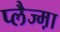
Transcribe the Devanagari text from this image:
प्लैज्म़ा